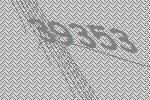
39353